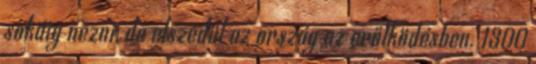
sokáig nézni, de elszédül az ország az erőlködésben. 1300